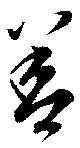
善